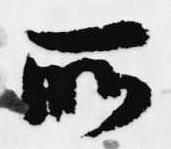
所